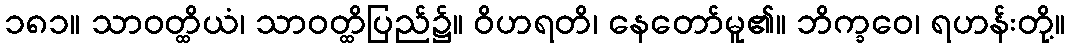
၁၈၁။ သာဝတ္ထိယံ၊ သာဝတ္ထိပြည်၌။ ဝိဟရတိ၊ နေတော်မူ၏။ ဘိက္ခဝေ၊ ရဟန်းတို့။